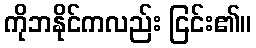
ကိုဘနိုင်ကလည်း ငြင်း၏။